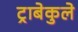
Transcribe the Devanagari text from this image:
ट्राबेकुले